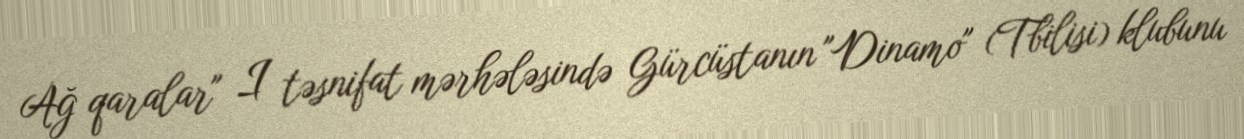
Ağ qaralar" I təsnifat mərhələsində Gürcüstanın "Dinamo" (Tbilisi) klubunu